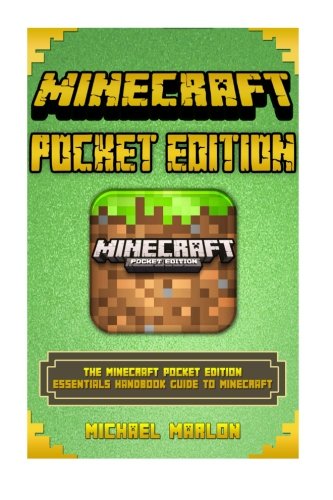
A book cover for Minecraft Pocket Edition: The Minecraft Pocket Edition Essentials Handbook Guide to Minecraft (An Unofficial Minecraft Pocket Edition Handbook) ... edition, minecraft handbook, minecraft); Michael Marlon; Humor & Entertainment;